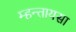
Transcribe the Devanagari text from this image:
म्हन्तायसा